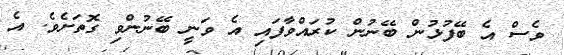
ވެސް އެ ބޭފުޅުން ބޭނުން ކުރަައްވާފައި އެ ވަނީ ބޭނުންވި ގޮތަށެވެ. އެ